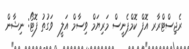
ރެޖިސްޓްރާރ އޮފް ކޮމްޕެނީސް މަރިޔަމް ވިސާމް އަލީ  ވަގުތު ފޮޓޯ: ނިޝާން